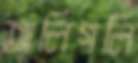
অলিগলি